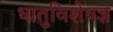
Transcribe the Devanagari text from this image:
धातुविशेषज्ञ